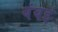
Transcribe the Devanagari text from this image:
बंबर्इ